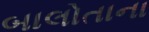
બાલોતાના